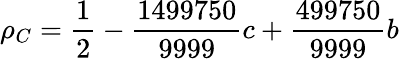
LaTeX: \rho_{C}=\frac{1}{2}-\frac{1499750}{9999}c+\frac{499750}{9999}b